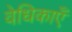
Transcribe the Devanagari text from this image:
वेधिकाएँ